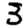
Digit: 3